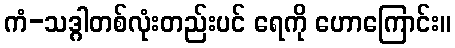
ကံ-သဒ္ဂါတစ်လုံးတည်းပင် ရေကို ဟောကြောင်း။